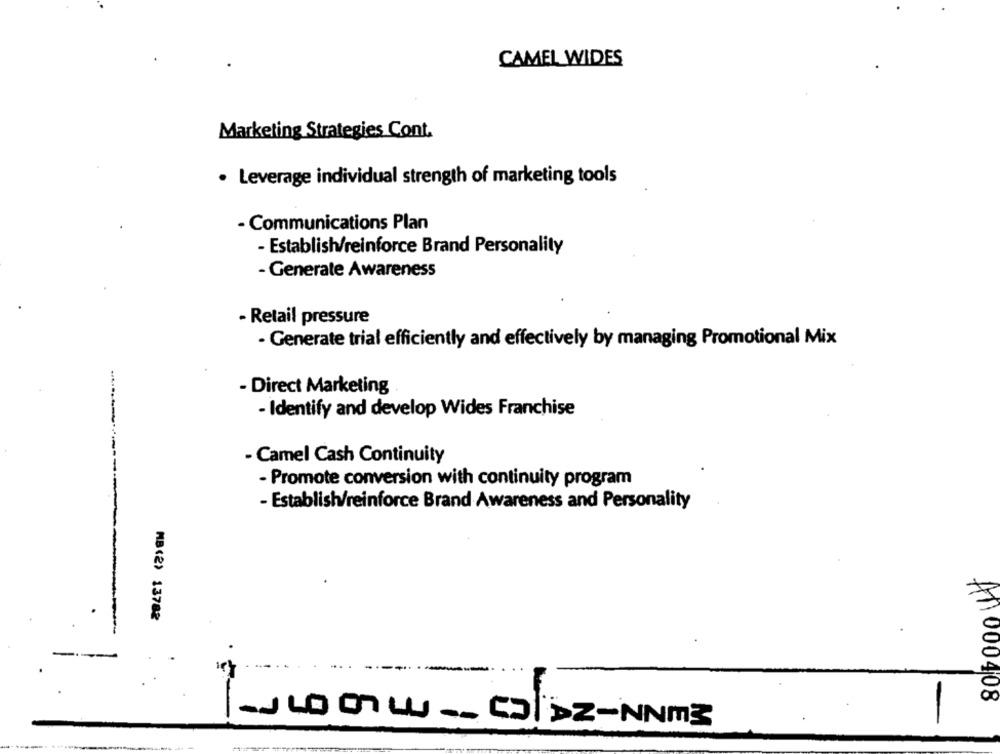
CAMEL WIDES
Marketing Strategies Cont.
· Leverage individual strength of marketing tools
- Communications Plan
- Establish/reinforce Brand Personality
- Generate Awareness
- Retail pressure
· Generate trial efficiently and effectively by managing Promotional Mix
- Direct Marketing
- Identify and develop Wides Franchise
- Camel Cash Continuity
- Promote conversion with continuity program
- Establish/reinforce Brand Awareness and Personality
MB(2) 13782
411000408
JLOGLUCI>Z-NNm3